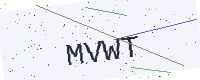
Text: MVWT